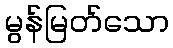
မွန်မြတ်သော